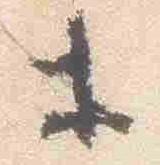
等